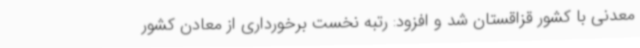
معدنی با کشور قزاقستان شد و افزود: رتبه نخست برخورداری از معادن کشور